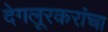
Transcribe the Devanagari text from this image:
देगलूरकरांचा